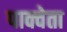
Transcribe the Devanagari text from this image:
पाक्वेता